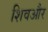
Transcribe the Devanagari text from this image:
शिवऔर